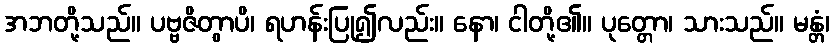
အဘတို့သည်။ ပဗ္ဗဇိတွာပိ၊ ရဟန်းပြု၍လည်း။ နော၊ ငါတို့၏။ ပုတ္တော၊ သားသည်။ မန္တံ၊